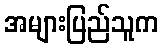
အများပြည်သူက